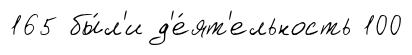
165 бы́л'и д'е́ят'ельность 100